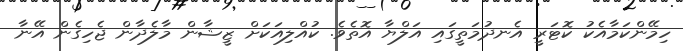
ހިމޭންކަމާއެކު ކޮޓަރީ އެނދުމަތީގައި އަލްޔާ އޮތެވެ. ކުއްލިއަކަށް ޒީޝާން މާލެދާން ޖެހިގެން އޭނާ